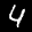
Label: 4